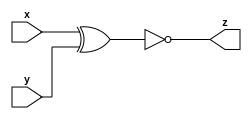
module B ( input x, input y, output z );
    assign z = ~(x^y);
endmodule

module A (input x, input y, output z);
    assign z = (x^y) & x;
endmodule


module top_module (input x, input y, output z);
    wire z1,z2,z3,z4,z5,z6;
    
    A IA1(.x(x),.y(y),.z(z1)), IA2(.x(x),.y(y),.z(z3));
    B IB1(.x(x),.y(y),.z(z2)), IB2(.x(x),.y(y),.z(z4));
    
    assign z5 = z1|z2;
    assign z6 = z3&z4;
    
    assign z = z5^z6;
endmodule